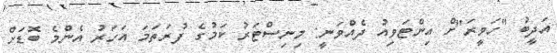
އަދީބު "ހަވީރަ"ށް އިންޓަވިއު ދެއްވަނީ: މިނިސްޓަރު ކަމުގެ ފުރަތަމަ އަހަރު އެންމެ ބޮޑަށް